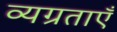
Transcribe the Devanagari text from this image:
व्यग्रताएँ